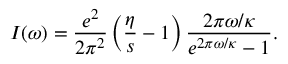
I ( \omega ) = \frac { e ^ { 2 } } { 2 \pi ^ { 2 } } \left( \frac { \eta } { s } - 1 \right) \frac { 2 \pi \omega / \kappa } { e ^ { 2 \pi \omega / \kappa } - 1 } .